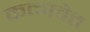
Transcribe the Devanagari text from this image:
कळावेत